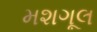
મશગૂલ